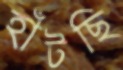
হাঁটছি